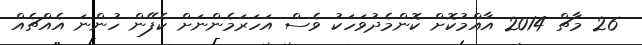
26 މާޗް 2014 އާއްމުކޮށް ކޮންމެދުވަހަކު ވެސް އަހަރަމެންނަށް ކެފޭން ހުންނަ އެއްޗެއް